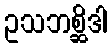
ဥသဘစ္ဆိဒါ